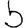
Digit: 5